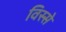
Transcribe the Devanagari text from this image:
विस्से